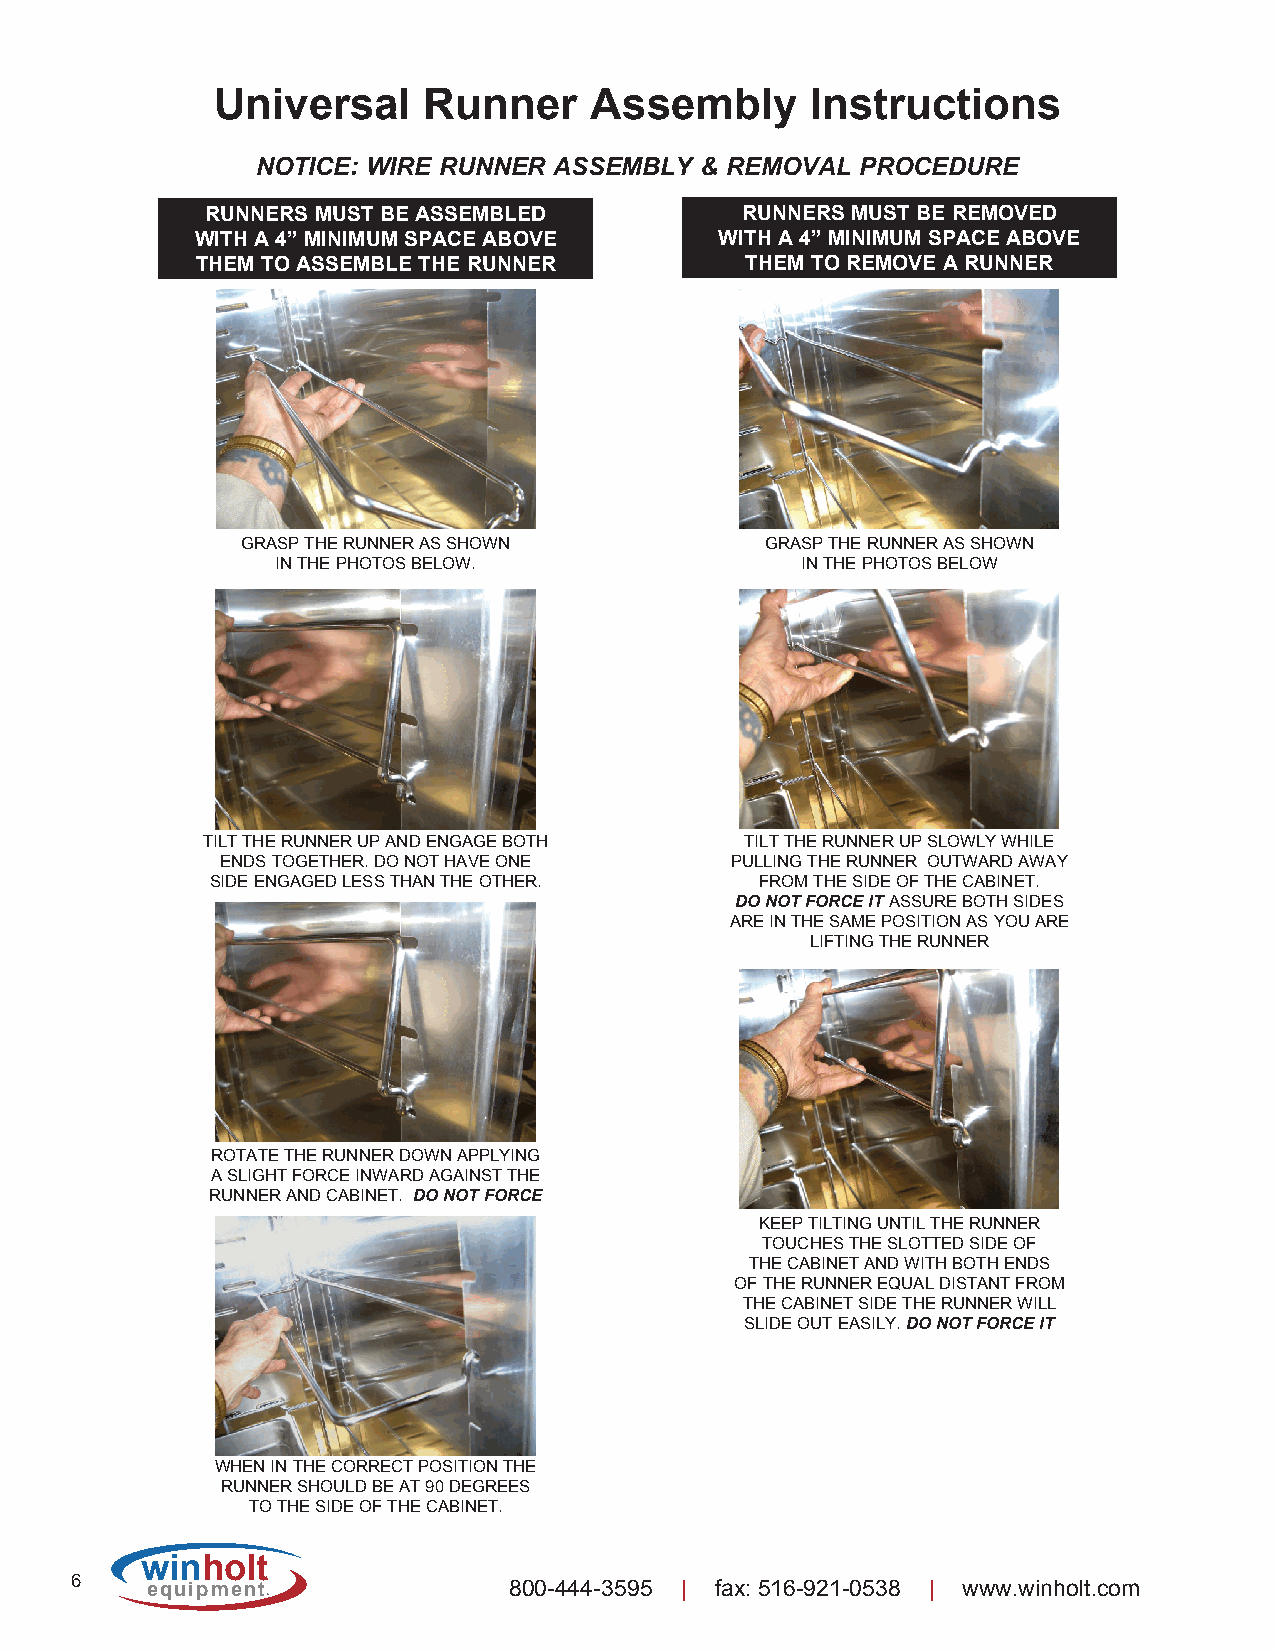
Universal     Runner     Assembly       Instructions
 NOTICE: WIRE RUNNER ASSEMBLY & REMOVAL  PROCEDURE
 RUNNERS MUST BE ASSEMBLED          RUNNERS MUST BE REMOVED
 WITH A 4” MINIMUM SPACE ABOVE      WITH A 4” MINIMUM SPACE ABOVE
 THEM TO ASSEMBLE THE RUNNER         THEM TO REMOVE A RUNNER
 GRASP THE RUNNER AS SHOWN          GRASP THE RUNNER AS SHOWN
 IN THE PHOTOS BELOW.               IN THE PHOTOS BELOW
 TILT THE RUNNER UP AND ENGAGE BOTH  TILT THE RUNNER UP SLOWLY WHILE
 ENDS TOGETHER. DO NOT HAVE ONE   PULLING THE RUNNER OUTWARD AWAY
 SIDE ENGAGED LESS THAN THE OTHER.   FROM THE SIDE OF THE CABINET.
 DO NOT FORCE IT ASSURE BOTH SIDES
 ARE IN THE SAME POSITION AS YOU ARE
 LIFTING THE RUNNER
 ROTATE THE RUNNER DOWN APPLYING
 A SLIGHT FORCE INWARD AGAINST THE
 RUNNER AND CABINET. DO NOT FORCE
 KEEP TILTING UNTIL THE RUNNER
 TOUCHES THE SLOTTED SIDE OF
 THE CABINET AND WITH BOTH ENDS
 OF THE RUNNER EQUAL DISTANT FROM
 THE CABINET SIDE THE RUNNER WILL
 SLIDE OUT EASILY. DO NOT FORCE IT
 WHEN IN THE CORRECT POSITION THE
 RUNNER SHOULD BE AT 90 DEGREES
 TO THE SIDE OF THE CABINET.
 winh  olt
 6
 equipment               800-444-3595 | fax: 516-921-0538 | www.winholt.com